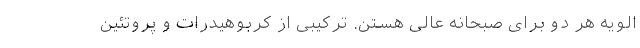
الویه هر دو برای صبحانه عالی هستن. ترکیبی از کربوهیدرات و پروتئین